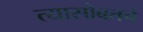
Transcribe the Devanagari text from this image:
त्यासोबतचे